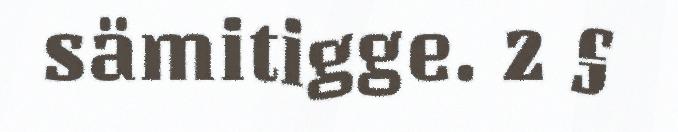
sämitigge. 2 §